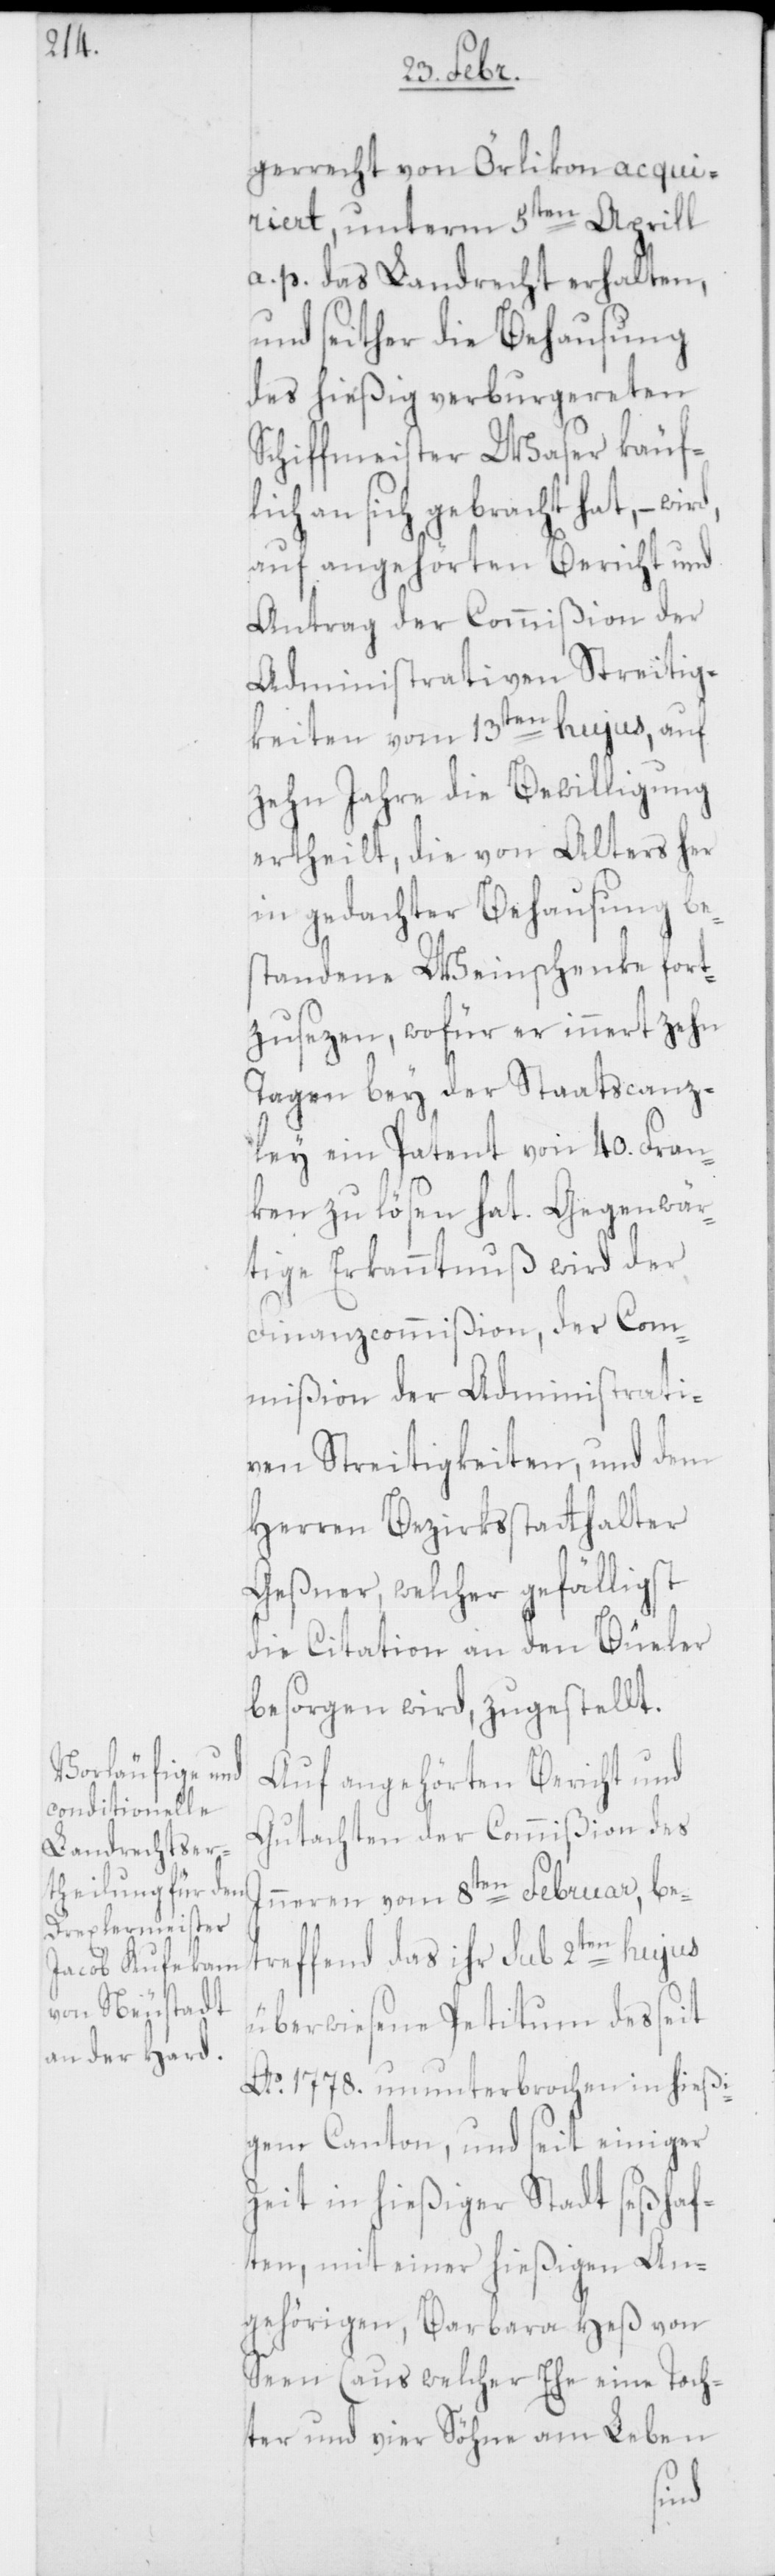
gerrecht von Örlikon acqui¬
riert, unterm 5ten Aprill
a. p. das Landrecht erhalten,
und seither die Behausung
des hießig verburgereten
Schiffmeister Waser käuf¬
lich an sich gebracht hat, –
auf angehörten Bericht und
Antrag der Commißion der
Administrativen Streitig¬
keiten vom 13ten hujus, auf
zehn Jahre die Bewilligung
ertheilt, die von Alters her
in gedachter Behausung bes¬
tandene Weinschenke fort¬
zusetzen, wofür er innert zehn
Tagen bey der Staatscanz¬
ley ein Patent von 40. Fran¬
ken zu lösen hat. Gegenwär¬
tige Erkanntnuß wird der
Finanzcommißion, der Com¬
mißion der Administrati¬
ven Streitigkeiten, und dem
Herren Bezirksstatthalter
Geßner, welcher gefälligst
die Citation an den Büeler
besorgen wird, zugestellt.
Auf angehörten Bericht und
Gutachten der Commißion des
Inneren vom 8ten Februar, be¬
treffend das ihr sub 2ten hujus
überwiesene Petitum des seit
Ao 1778. ununterbrochen in hießi¬
gem Canton, und seit einiger
Zeit in hießiger Stadt seßhaf¬
ten, mit einer hießigen An¬
gehörigen, Barbara Heß von
Seen (aus welcher Ehe eine Toch¬
ter und vier Söhne am Leben